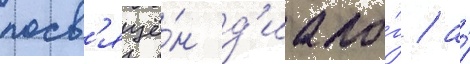
посв'ящё́н д'иало́г / а́